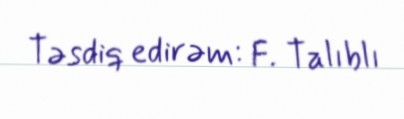
Təsdiq edirəm: F. Talıblı